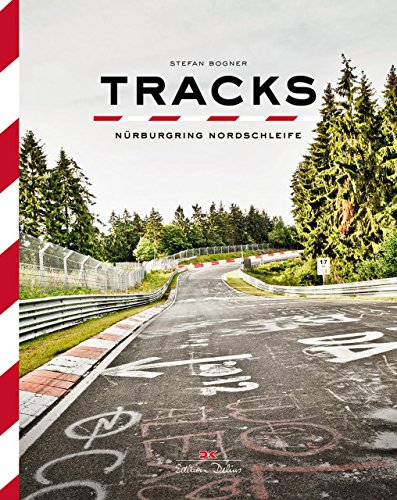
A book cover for Tracks: NÃ¼rburgring North Loop; Stefan Bogner; Arts & Photography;